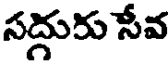
సద్దురు సేవ